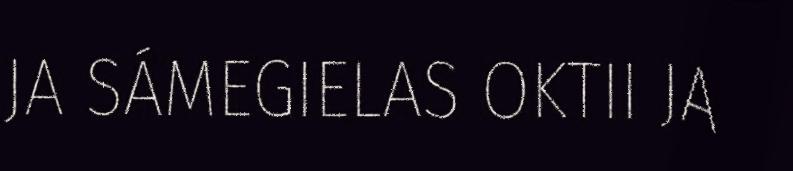
JA SÁMEGIELAS OKTII JA